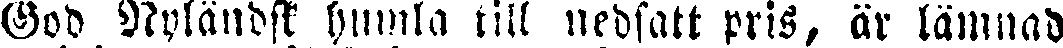
God Nyländskt humla till nedsatt pris, är lämnad